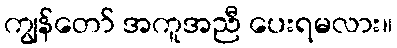
ကျွန်တော် အကူအညီ ပေးရမလား။